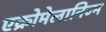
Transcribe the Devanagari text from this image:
एक्रोमेलानिज्म